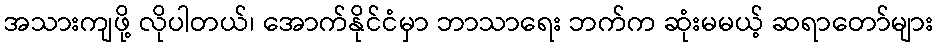
အသားကျဖို့ လိုပါတယ်၊ အောက်နိုင်ငံမှာ ဘာသာရေး ဘက်က ဆုံးမမယ့် ဆရာတော်များ